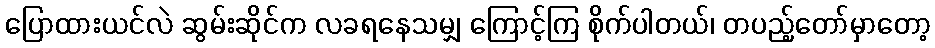
ပြောထားယင်လဲ ဆွမ်းဆိုင်က လခရနေသမျှ ကြောင့်ကြ စိုက်ပါတယ်၊ တပည့်တော်မှာတော့